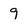
Character: 9